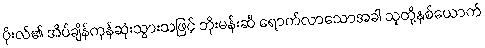
ပိုးလ်၏ အိပ်ချိန်ကုန်ဆုံးသွားသဖြင့် ဘိုးမန်းဆီ ရောက်လာသောအခါ သူတို့နှစ်ယောက်